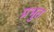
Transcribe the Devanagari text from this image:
प्रभुत